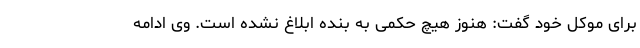
برای موکل خود گفت: هنوز هیچ حکمی به بنده ابلاغ نشده است. وی ادامه